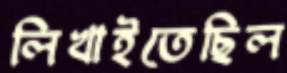
লিখাইতেছিল